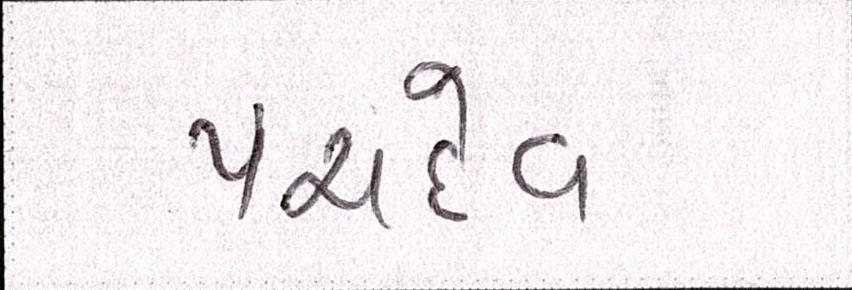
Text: પંચદેવ